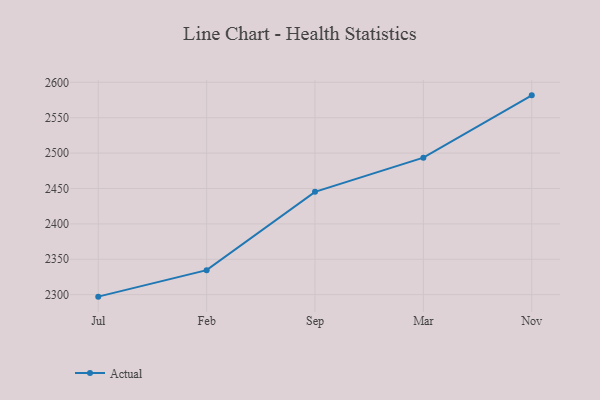
{"axis": {"x": "Month", "y": "Operating Costs (USD K)"}, "legend": ["Actual"], "data": [{"x": "Jul", "y": 2297.2, "type": "Actual"}, {"x": "Feb", "y": 2334.6, "type": "Actual"}, {"x": "Sep", "y": 2445.3, "type": "Actual"}, {"x": "Mar", "y": 2493.6, "type": "Actual"}, {"x": "Nov", "y": 2581.6, "type": "Actual"}]}